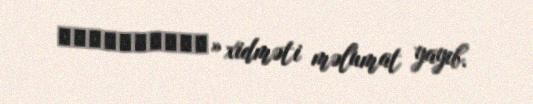
Расписания» xidməti məlumat yayıb.